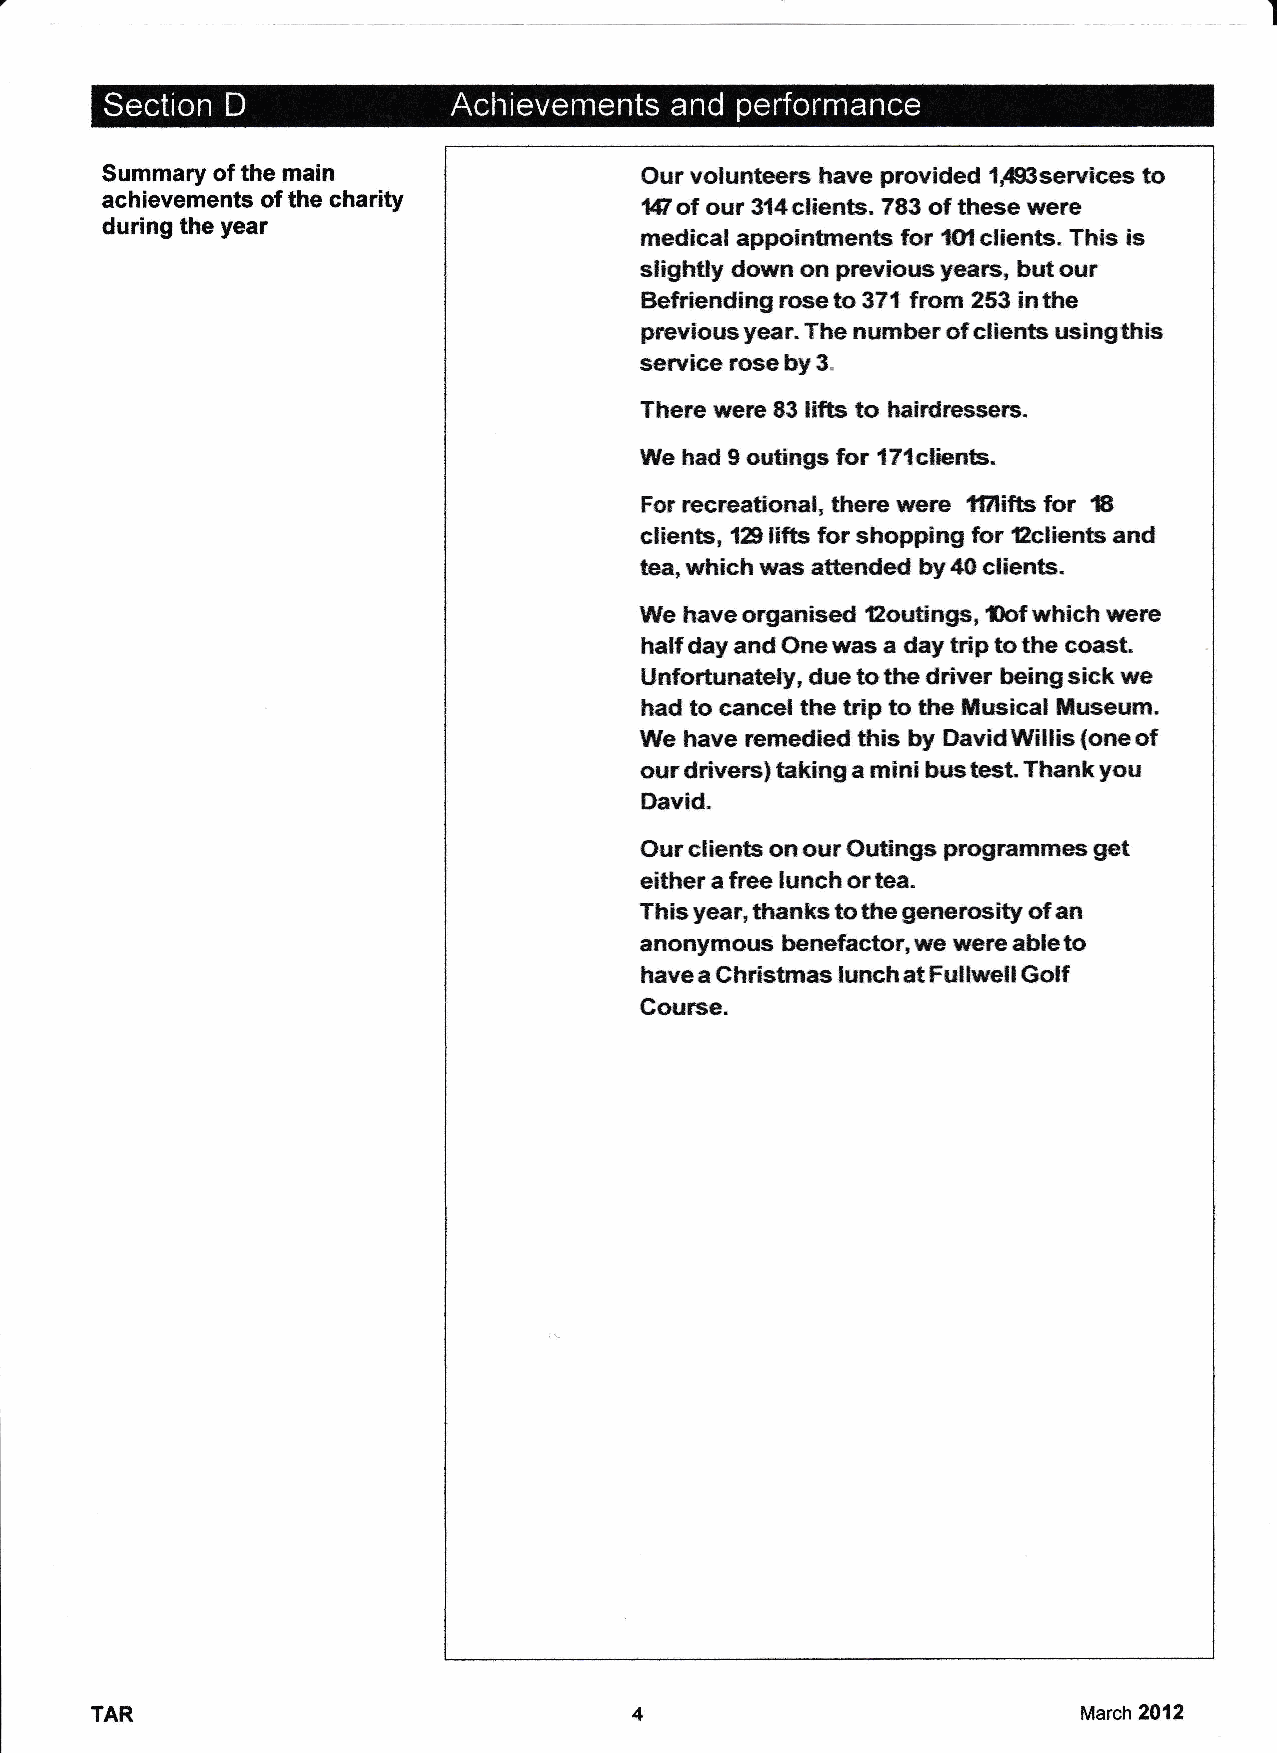
Summary ofthe main                 Gur volunteers have provided 1~services to
 achievements ofthe charity         Mofour  314clients. 783ofthese were
 during the year
 medical appointments for 10Iclients. This is
 slightly down on previous years, but our
 Befriending rose to 371 from 253 in the
 previous year. The number ofclients using this
 service rose by 3.
 There were 83lifts to hairdressers.
 We had 9outings for 171clients.
 For recreational, there were tPlifts for 18
 clients, 129lifts for shopping 1'or 12clients and
 tea„which was attended by 46clients.
 We have organised 12outings, %ofwhich were
 half day and Gne was a day hip tothe coast.
 Unfortunately, due tothe driver being sick we
 had to cancel the trip to the lNusical Wluseum.
 We have remedied this by David Willis (one of
 our drivers) taking a mini bus test. Thank you
 David.
 Gur clients an our Gutings programmes get
 either afree lunch oftea.
 This year, thanks tothe generosity ofan
 anonymous benefactor, we were able to
 have aChristmas lunch atFullwell Golf
 Course.
 March 2012